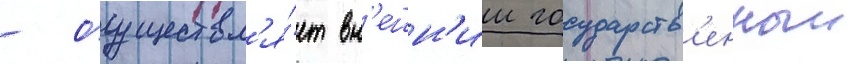
- осуществл'я́ет вн'ешн'ии государств'енныи